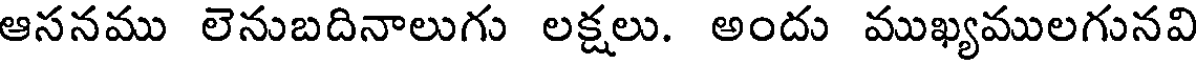
ఆసనము లెనుబదినాలుగు లక్షలు. అందు ముఖ్యములగునవి